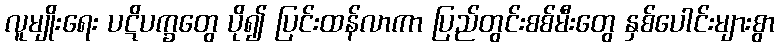
လူမျိုးရေး ပဋိပက္ခတွေ ပို၍ ပြင်းထန်လာကာ ပြည်တွင်းစစ်မီးတွေ နှစ်ပေါင်းများစွာ